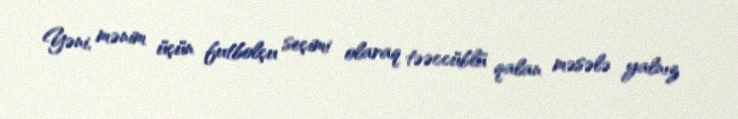
Yəni, mənim üçün futbolçu seçimi olaraq təəccüblü qalan məsələ yalnız